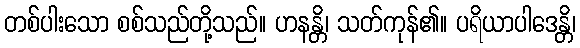
တစ်ပါးသော စစ်သည်တို့သည်။ ဟနန္တိ၊ သတ်ကုန်၏။ ပရိယာပါဒေန္တိ၊